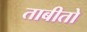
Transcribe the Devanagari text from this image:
ताबीतो